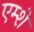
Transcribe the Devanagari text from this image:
एम्शे